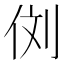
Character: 𰂁